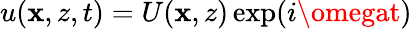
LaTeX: u(\mathbf{x},z,t)=U(\mathbf{x},z)\exp(i\omegat)